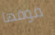
فوقها